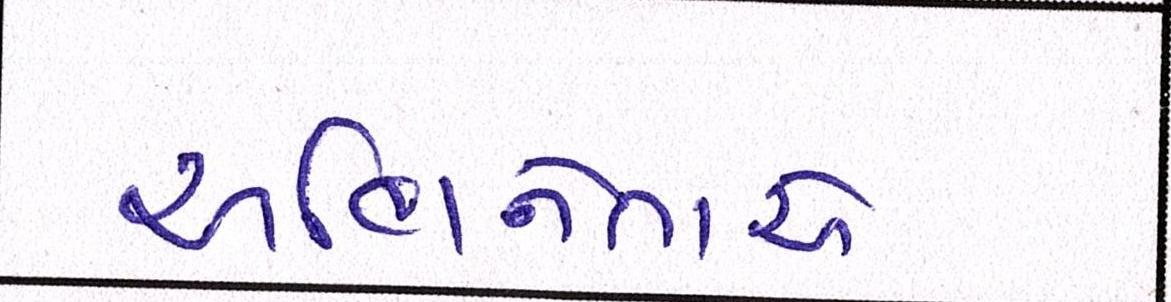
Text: અભિનેતાએ